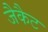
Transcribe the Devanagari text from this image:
जैकैट